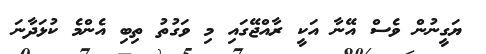
ޔަގީނުން ވެސް އޭނާ އަކީ ރާއްޖޭގައި މި ވަގުތު ތިބި އެންމެ ކުޅަދާނަ